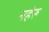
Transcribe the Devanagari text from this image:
नहेरु